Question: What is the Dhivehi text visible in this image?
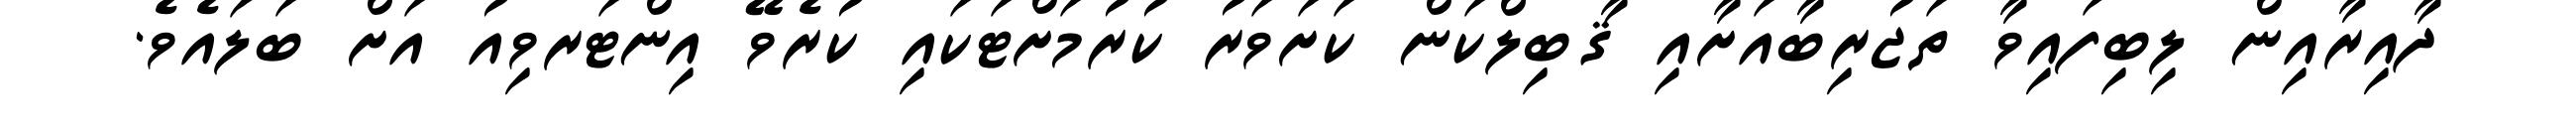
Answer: ދާއިރާއިން ލިބިފައިވާ ތަޖުރިބާއަށާއި ޤާބިލްކަން ކަށަވަރު ކުރުމަށްޓަކައި ކުރެވޭ އިންޓަރވިއު އަށް ބަލައެވެ.